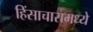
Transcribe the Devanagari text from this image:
हिंसाचारामध्ये